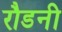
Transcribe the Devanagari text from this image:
रौडनी